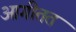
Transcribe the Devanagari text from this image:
आगीतत